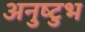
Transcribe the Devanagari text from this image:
अनुष्‍टुभ